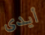
أيدى